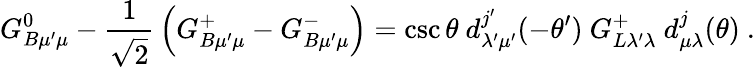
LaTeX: G_{B\mu^{\prime}\mu}^{0}-{\frac{1}{\sqrt{2}}}\left(G_{B\mu^{\prime}\mu}^{+}-G_{B\mu^{\prime}\mu}^{-}\right)=\csc\theta\ d_{\lambda^{\prime}\mu^{\prime}}^{j^{\prime}}(-\theta^{\prime})\ G_{L\lambda^{\prime}\lambda}^{+}\ d_{\mu\lambda}^{j}(\theta)\ .